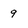
Character: 9